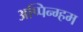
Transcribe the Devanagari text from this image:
अप्पिन्ग्हम